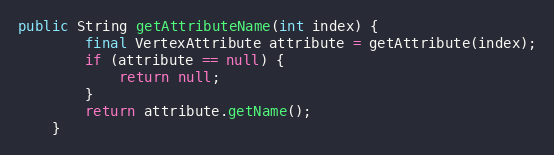
Language: Java
public String getAttributeName(int index) {
        final VertexAttribute attribute = getAttribute(index);
        if (attribute == null) {
            return null;
        }
        return attribute.getName();
    }